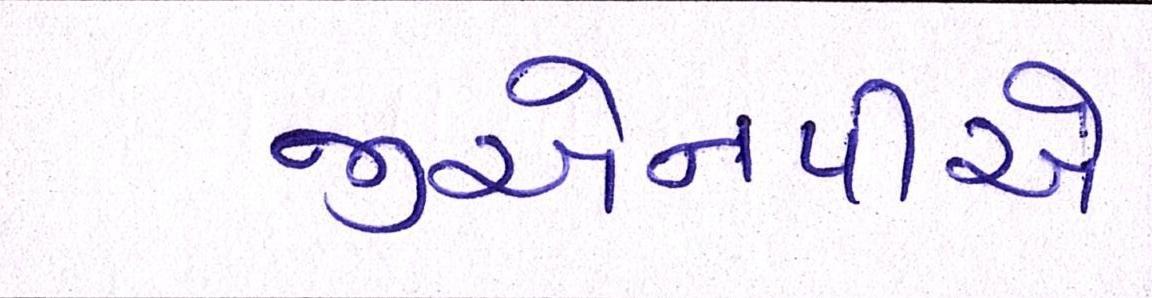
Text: જીએનપીએ